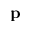
\mathbf { p }